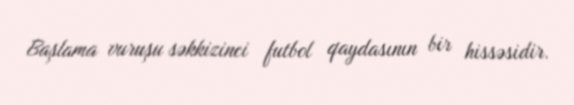
Başlama vuruşu səkkizinci futbol qaydasının bir hissəsidir.